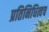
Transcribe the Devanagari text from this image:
प्रतिनिधित्वच